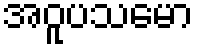
အဝူပသမော